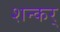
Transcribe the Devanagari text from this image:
शन्कर्